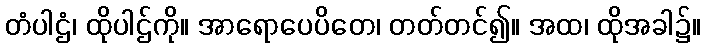
တံပါဌံ၊ ထိုပါဌ်ကို။ အာရောပေပိတေ၊ တတ်တင်၍။ အထ၊ ထိုအခါ၌။